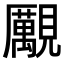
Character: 𧢝